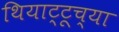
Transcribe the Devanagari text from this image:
थियाट्टूच्या